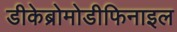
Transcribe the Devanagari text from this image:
डीकेब्रोमोडीफिनाइल